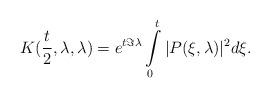
LaTeX: \begin{align*} K (\frac{t}{2}, \lambda, \lambda) = e^{t \Im \lambda } \int\limits_0^t | P (\xi, \lambda )|^2 d\xi.\end{align*}